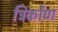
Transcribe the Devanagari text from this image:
त्रिकोंण